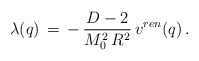
\begin{align*}\lambda(q)\,=\,-\,\frac{D-2}{M_0^2\,R^2}\,v^{ren}(q)\,{.}\end{align*}